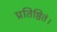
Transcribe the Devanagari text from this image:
प्रतिष्ठितं।